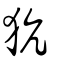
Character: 犺